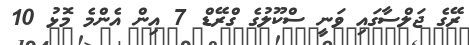
ރޭގެ ޖަލްސާގައި ވަނީ ސްކޫލުގެ ގްރޭޑް 7 އިން އެންމެ މޮޅު 10